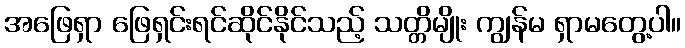
အဖြေရှာ ဖြေရှင်းရင်ဆိုင်နိုင်သည့် သတ္တိမျိုး ကျွန်မ ရှာမတွေ့ပါ။